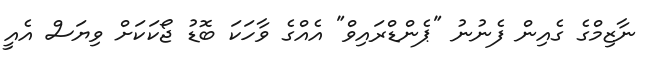
ނާޒިމްގެ ގެއިން ފެނުނު "ޕެންޑްރައިވް" އެއްގެ ވާހަކަ ބޮޑު ޖޯކަކަށް ވިޔަސް އެއީ